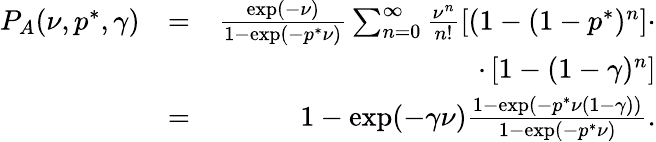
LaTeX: \begin{array}{rlr}{P_{A}(\nu,p^{*},\gamma)}&{=}&{\frac{\exp(-\nu)}{1-\exp(-p^{*}\nu)}\sum_{n=0}^{\infty}\frac{\nu^{n}}{n!}\left[(1-(1-p^{*})^{n}\right]\cdot}\\ &{}&{\cdot\left[1-(1-\gamma)^{n}\right]}\\ &{=}&{1-\exp(-\gamma\nu)\frac{1-\exp(-p^{*}\nu(1-\gamma))}{1-\exp(-p^{*}\nu)}.}\end{array}